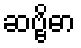
ဆဗ္ဗိဓာ